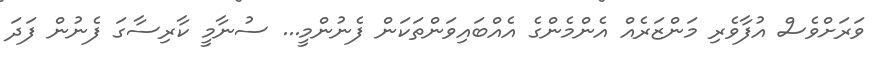
ވަރަށްވެސް އުފާވެރި މަންޒަރެއް އެންމެންގެ އެއްބައިވަންތަކަން ފެނުންމީ... ސުނާމީ ކާރިސާގަ ފެނުން ފަދަ